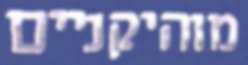
מוהיקניים